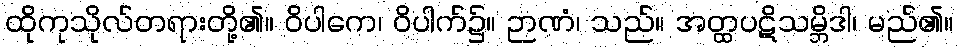
ထိုကုသိုလ်တရားတို့၏။ ဝိပါကေ၊ ဝိပါက်၌။ ဉာဏံ၊ သည်။ အတ္ထပဋိသမ္ဘိဒါ၊ မည်၏။